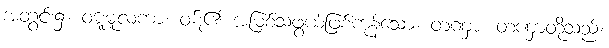
အတွင်း၌။ ဝဋ္ဋမူလကာ၊ ဝဋ်၏ အမြစ်သဖွယ်ဖြစ်ကုန်သော။ တဏှာ၊ တဏှာတို့သည်။